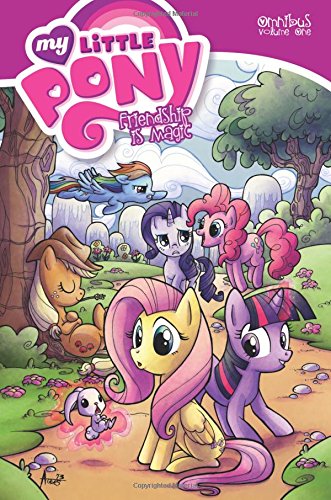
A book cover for My Little Pony Omnibus Volume 1; Katie Cook; Children's Books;